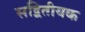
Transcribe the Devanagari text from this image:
सद्वितीयक